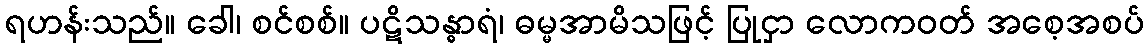
ရဟန်းသည်။ ခေါ၊ စင်စစ်။ ပဋိသန္ဓာရံ၊ ဓမ္မအာမိသဖြင့် ပြုငှာ လောကဝတ် အစေ့အစပ်